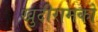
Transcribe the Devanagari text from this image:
खुदीरामको